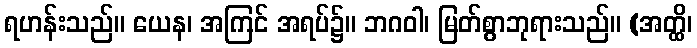
ရဟန်းသည်။ ယေန၊ အကြင် အရပ်၌။ ဘဂဝါ၊ မြတ်စွာဘုရားသည်။ (အတ္ထိ၊